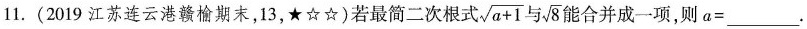
11.(2019江苏连云港赣榆期末，13，★☆☆)若最简二次根式 $$\sqrt{a+1}$$ 与 $$\sqrt{8}$$ 能合并成一项，则a=_________